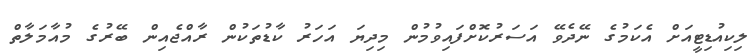
ލިކިއުޑިޓީއަށް އެކަމުގެ ނޭދެވޭ އަސަރުކޮށްފައިވުމުން މިދިޔަ އަހަރު ކާޑުތަކުން ރާއްޖެއިން ބޭރުގެ މުއާމަލާތް